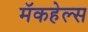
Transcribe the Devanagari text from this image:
मॅकहेल्स